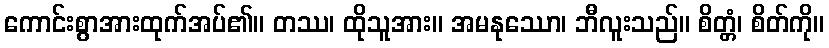
ကောင်းစွာအားထုက်အပ်၏။ တဿ၊ ထိုသူအား။ အမနုဿော၊ ဘီလူးသည်။ စိတ္တံ၊ စိတ်ကို။